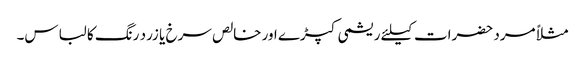
مثلاً مرد حضرات کیلئے ریشمی کپڑے اور خالص سرخ یا زرد رنگ کا لباس۔